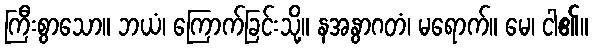
ကြီးစွာသော။ ဘယံ၊ ကြောက်ခြင်းသို့။ နအနွာဂတံ၊ မရောက်။ မေ၊ ငါ၏။